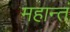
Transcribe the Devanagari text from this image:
महान्तं